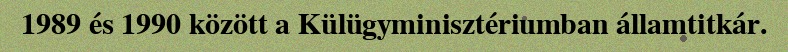
1989 és 1990 között a Külügyminisztériumban államtitkár.